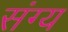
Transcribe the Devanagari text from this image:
संग्य